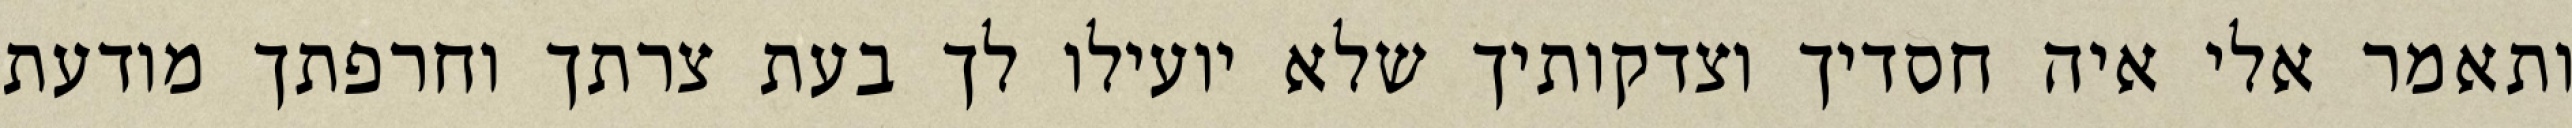
ותאמר אלי איה חסדיך וצדקותיך שלא יועילו לך בעת צרתך וחרפתך מודעת